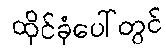
ထိုင်ခုံပေါ်တွင်